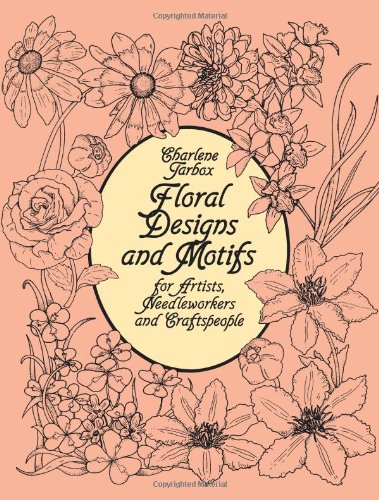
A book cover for Floral Designs and Motifs for Artists, Needleworkers and Craftspeople (Dover Pictorial Archive); Charlene Tarbox; Crafts, Hobbies & Home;